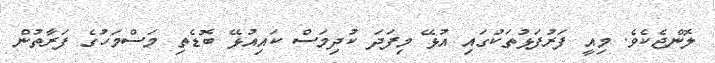
ލޮންޖެކެވެ. މިއީ ފަރުފަޅުތަކުގައި އުޅޭ މިފަދަ ކުދިމަސް ކައިއުޅޭ ބޮޑެތި މަސްމަހުގެ ފަރާތުން